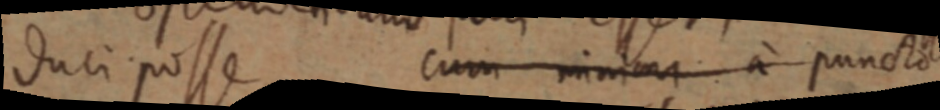
duci posse cum minim a puncto